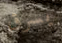
يسرق